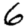
Digit: 6